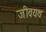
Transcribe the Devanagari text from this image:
जीवयथ